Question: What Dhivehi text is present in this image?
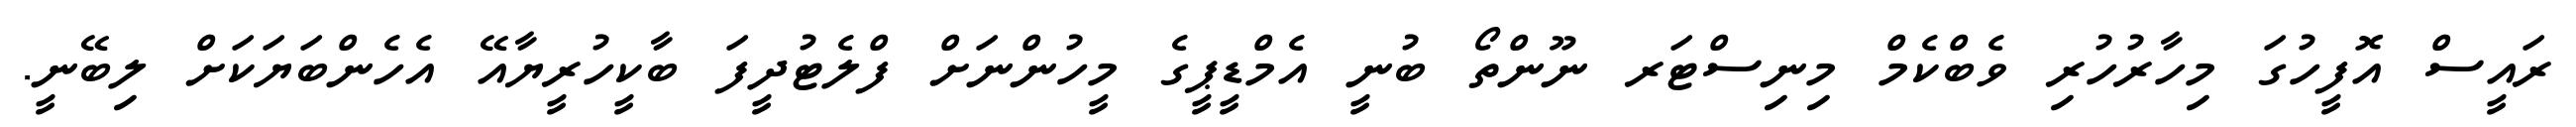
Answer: ރައީސް އޮފީހުގަ މިހާރުހުރި ވެބްކެމް މިނިސްޓަރ ނޫންތޯ ބުނީ އެމްޑީޕީގެ މީހުންނަށް ފްލެޓުދީފަ ބާކީހުރީޔާއޭ އެހެންބަޔަކަށް ލިބޭނީ.